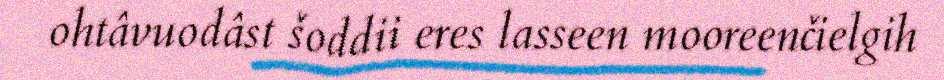
ohtâvuodâst šoddii eres lasseen mooreenčielgih